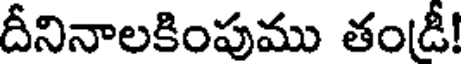
దీనినాలకింపుము తండ్రీ!